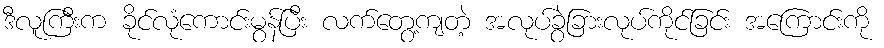
ဒီလူကြီးက ခိုင်လုံကောင်းမွန်ပြီး လက်တွေ့ကျတဲ့ အလုပ်ခွဲခြားလုပ်ကိုင်ခြင်း အကြောင်းကို